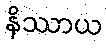
နိဿာယ